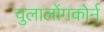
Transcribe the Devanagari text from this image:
चुलालोंगकोर्न